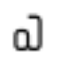
ఎ